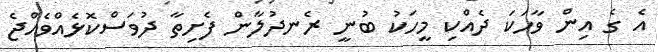
އެ ގެ އިން ވާހަކަ ދެއްކި މީހަކު ބުނީ ރެނދުލާން ފެށިތާ ދުވަސްކޮޅެއްވެއްޖެ